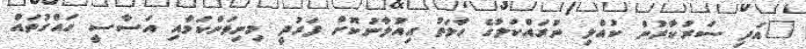
"އަދި ސަރުކާރުން ކުއްލި ނުރައްކަލުގެ ހާލަތު އިއުލާނުކޮށް ފަރުދީ މިނިވަންކަމާއި އަސާސީ ހައްގުތައް